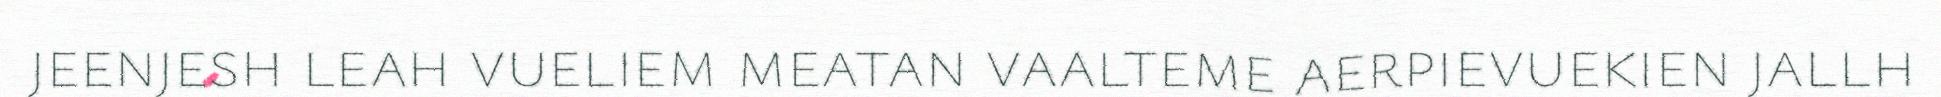
jeenjesh leah vueliem meatan vaalteme aerpievuekien jallh